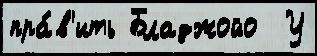
пра́в'ить Бладжойо  У